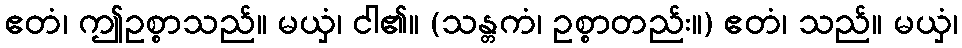
ဧတံ၊ ဤဥစ္စာသည်။ မယှံ၊ ငါ၏။ (သန္တကံ၊ ဥစ္စာတည်း။) ဧတံ၊ သည်။ မယှံ၊